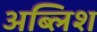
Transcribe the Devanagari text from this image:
अब्लिश